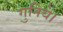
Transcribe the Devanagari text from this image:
गुनिये।